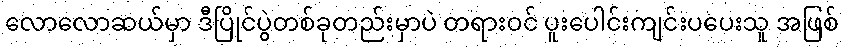
လောလောဆယ်မှာ ဒီပြိုင်ပွဲတစ်ခုတည်းမှာပဲ တရားဝင် ပူးပေါင်းကျင်းပပေးသူ အဖြစ်